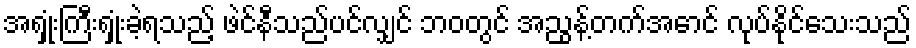
အရှုံးကြီးရှုံးခဲ့ရသည့် ဖဲင်နီသည်ပင်လျှင် ဘဝတွင် အညွန့်တက်အောင် လုပ်နိုင်သေးသည်